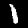
Digit: 1